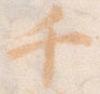
千